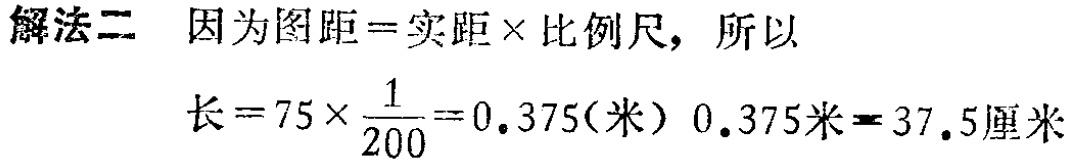
解法二 因为图距=实距×比例尺，所以

长\(=75\times\frac{1}{200}=0.375\)（米）\(0.375\)米\( = 37.5\)厘米